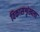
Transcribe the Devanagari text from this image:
विकासशृंखला